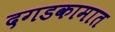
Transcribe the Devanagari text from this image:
दगडकामात